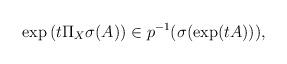
LaTeX: \begin{align*}\exp\left(t\Pi_X\sigma(A)\right)\in p^{-1}(\sigma(\exp(tA))),\end{align*}